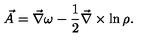
\vec { A } = \vec { \nabla } \omega - { \frac { 1 } { 2 } } \vec { \nabla } \times \ln \rho .